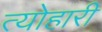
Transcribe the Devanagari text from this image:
त्योहारी